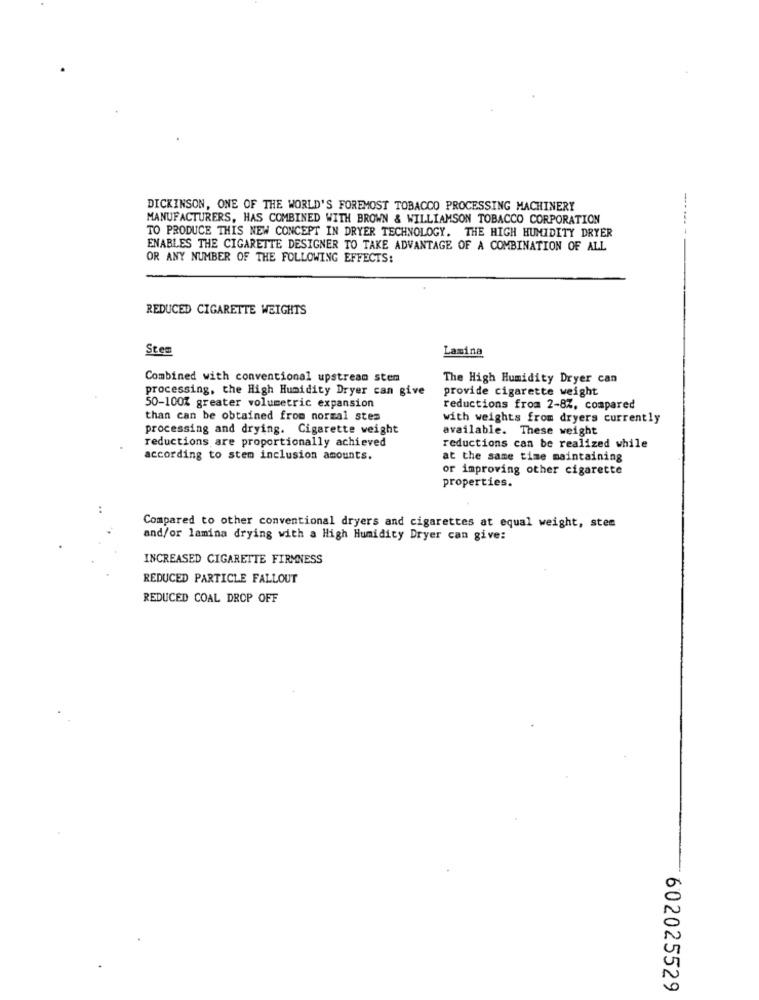
DICKINSON, ONE OF THE WORLD'S FOREMOST TOBACCO PROCESSING MACHINERY
MANUFACTURERS, HAS COMBINED WITH BROWN & WILLIAMSON TOBACCO CORPORATION
TO PRODUCE THIS NEW CONCEPT IN DRYER TECHNOLOGY. THE HIGH HUMIDITY DRYER
ENABLES THE CIGARETTE DESIGNER TO TAKE ADVANTAGE OF A COMBINATION OF ALL
OR ANY NUMBER OF THE FOLLOWING EFFECTS:
REDUCED CIGARETTE WEIGHTS
Stem
Lamina
Combined with conventional upstream stem
The High Humidity Dryer can
processing, the High Humidity Dryer can give
provide cigarette weight
50-100% greater volumetric expansion
reductions from 2-87, compared
than can be obtained from normal stes
with weights from dryers currently
processing and drying. Cigarette weight
available. These weight
reductions are proportionally achieved
reductions can be realized while
according to stem inclusion amounts.
at the same time maintaining
or improving other cigarette
properties.
Compared to other conventional dryers and cigarettes at equal weight, stem
and/or lamina drying with a High Humidity Dryer can give:
INCREASED CIGARETTE FIRMNESS
REDUCED PARTICLE FALLOUT
REDUCED COAL DROP OFF
N
0
602025529